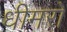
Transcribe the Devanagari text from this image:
धीमरों